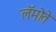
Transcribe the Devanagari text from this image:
लॅमोते